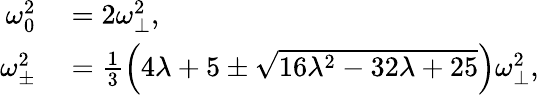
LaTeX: \begin{array}{rl}{\omega_{0}^{2}}&{{}=2\omega_{\perp}^{2},}\\ {\omega_{\pm}^{2}}&{{}=\frac{1}{3}\left(4\lambda+5\pm\sqrt{16\lambda^{2}-32\lambda+25}\right)\omega_{\perp}^{2},}\end{array}